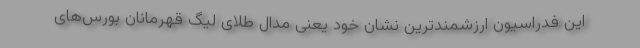
این فدراسیون ارزشمندترین نشان خود یعنی مدال طلای لیگ قهرمانان بورس‌های